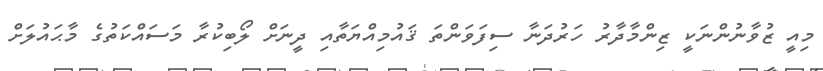
މިއީ ޒުވާނުންނަކީ ޒިންމާދާރު ހަރުދަނާ ސިފަވަންތަ ޤައުމިއްޔަތާއި ދީނަށް ލޯބިކުރާ މަސައްކަތުގެ މާޙައުލަށް